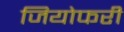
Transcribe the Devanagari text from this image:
जियोफरी